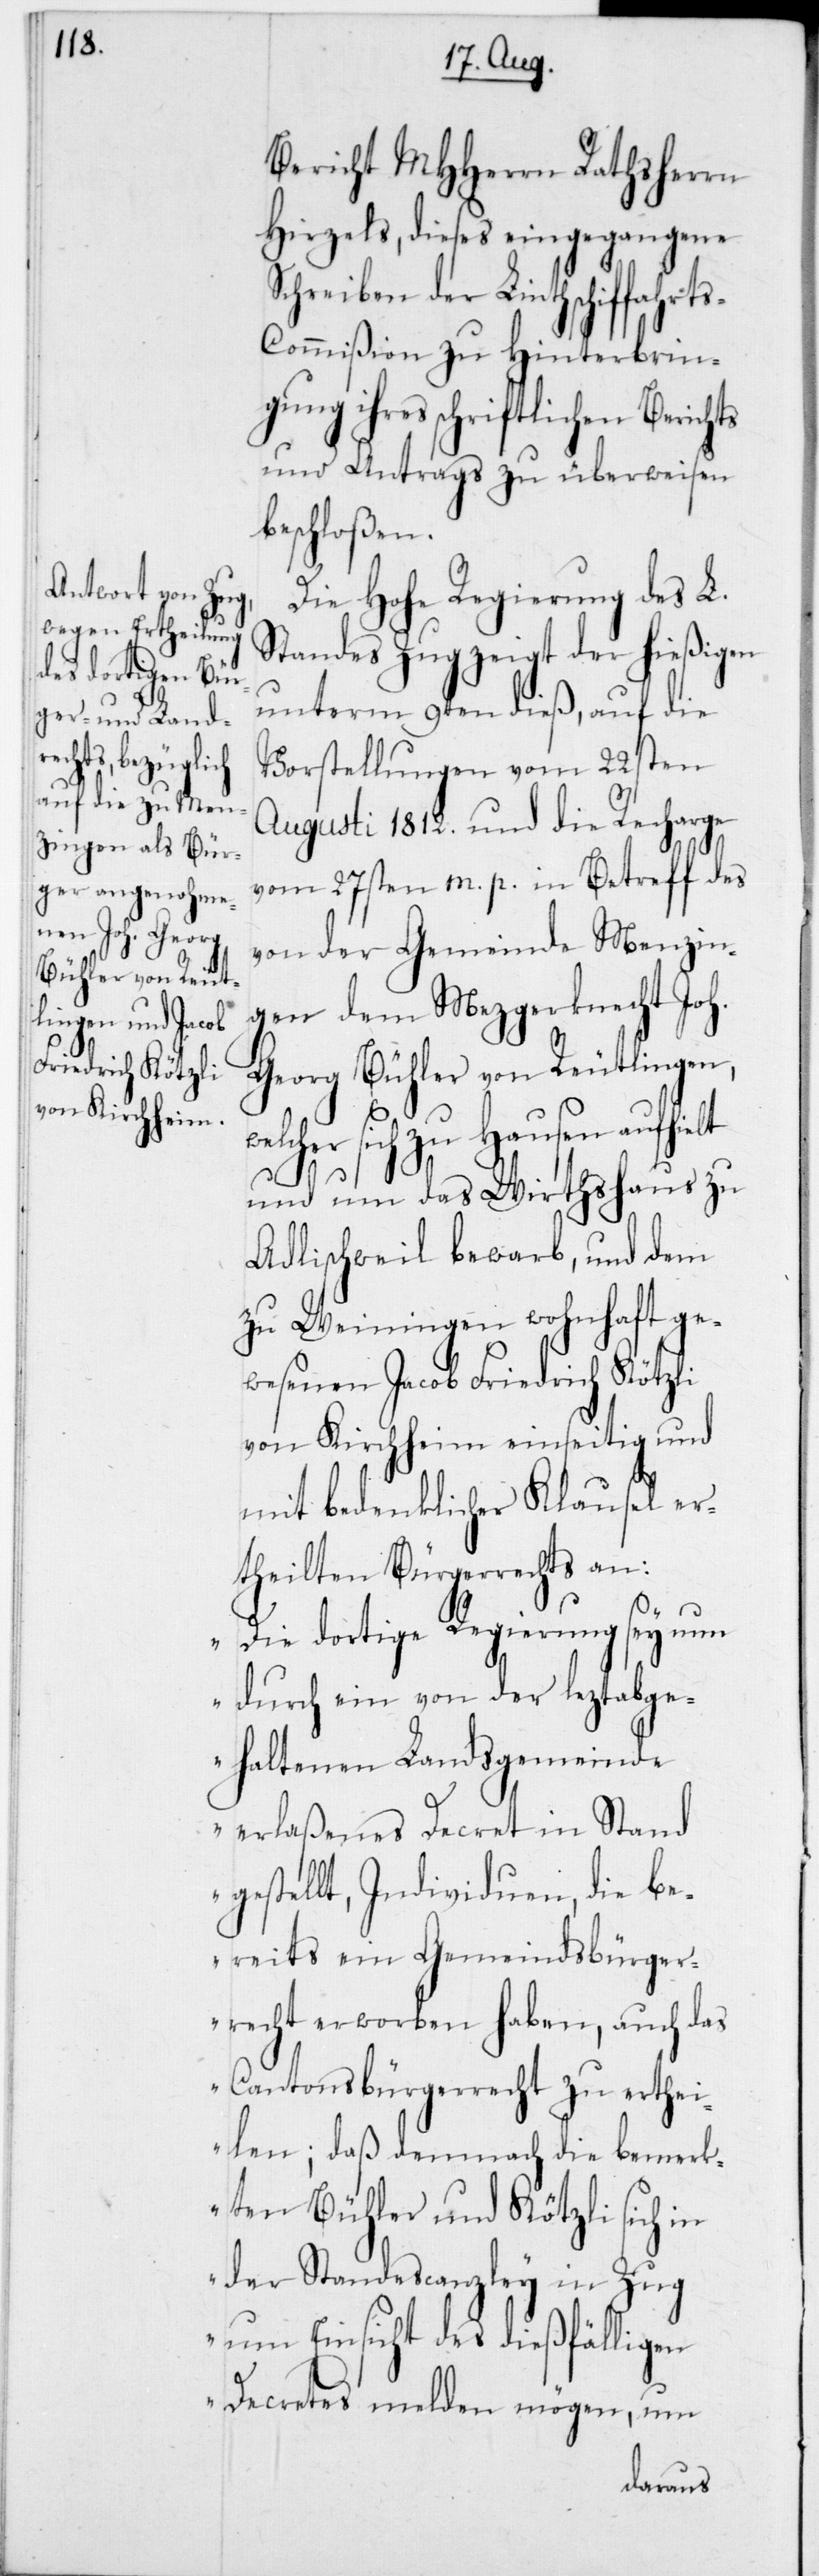
Bericht MHHerren Rathsherrn
Hirzels, dieses eingegangene
Schreiben der Linthschiffahrt¬
s-Commißion zur Hinterbrin¬
gung ihres schriftlichen Berichts
und Antrags zu überweisen
beschloßen.
Die Hohe Regierung des L.
Standes Zug zeigt der hießigen
unterm 9ten dieß, auf die
Vorstellungen vom 22sten
Augusti 1812 und die Recharge
vom 27sten m. p. in Betreff des
von der Gemeinde Menzin¬
gen dem Mezgerknecht Joh.
Georg Bühler von Reutlingen,
Hausen aufhielt
und um das Wirthshaus zu
Adlischweil bewarb, und dem
zu Weiningen wohnhaft ge¬
wesenen Jacob Friedrich Kötzli
von Kirchheim einseitig und
mit bedenklicher Klausel er¬
theilten Bürgerrechts an:
„Die dortige Regierung sey nun
durch ein von der leztabge¬
haltenen Landsgemeinde
erlaßenes Decret instand
gestellt, Individuen, die be¬
reits ein Gemeindsbürger¬
recht erworben haben, auch das
Cantonsbürgerrecht zu erthei¬
len; daß demnach die bemerk¬
ten Bühler und Kötzli sich in
derStandescanzley in Zug
um Einsicht des dießfälligen
Decretes melden mögen, um